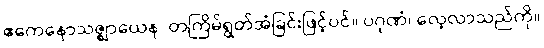
ဧကေနောသဇ္ဈာယေန၊ တကြိမ်ရွတ်အံခြင်းဖြင့်ပင်။ ပဂုဏံ၊ လေ့လာသည်ကို။